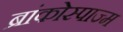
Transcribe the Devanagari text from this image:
ब्रांकोस्पाज्म